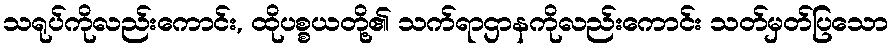
သရုပ်ကိုလည်းကောင်း, ထိုပစ္စယတို့၏ သက်ရာဌာနကိုလည်းကောင်း သတ်မှတ်ပြသော